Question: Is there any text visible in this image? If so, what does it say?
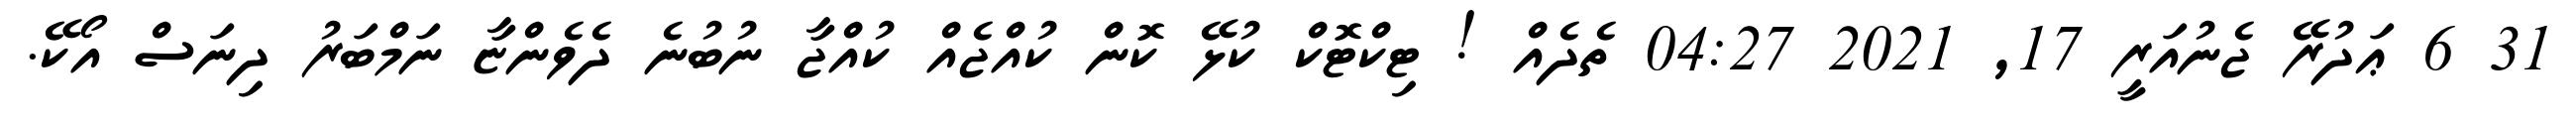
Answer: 31 6 ޢަދުރޭ ޖެނުއަރީ 17, 2021 04:27 ތެދެއް ! ޓިކްޓޮކް ކުޅޭ ކޮން ކުއްޖެއް ކުއްޖާ ނުބުނެ ދެވެންޏާ ނަމްބަރު ދިނަސް އޯކޭ.